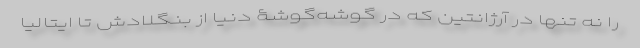
را نه تنها در آرژانتین که در گوشه‌گوشۀ دنیا از بنگلادش تا ایتالیا